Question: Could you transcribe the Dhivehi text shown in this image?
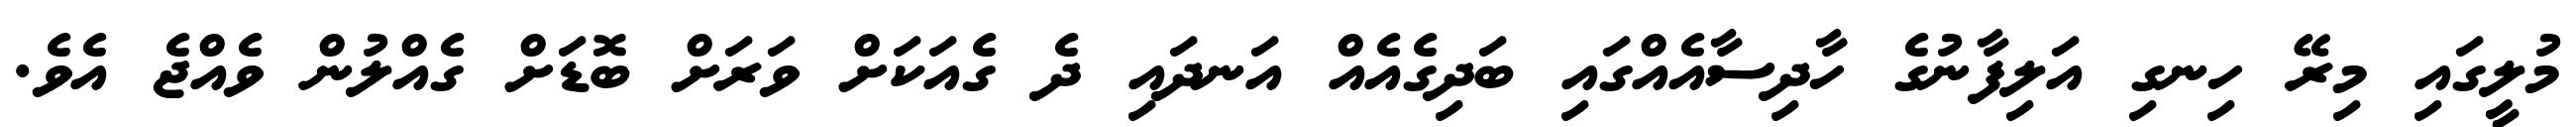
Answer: މުލީގައި މިރޭ ހިނގި އަލިފާނުގެ ހާދިސާއެއްގައި ބަދިގެއެއް އަނދައި ދެ ގެއަކަށް ވަރަށް ބޮޑަށް ގެއްލުން ވެއްޖެ އެވެ.